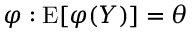
\varphi : \operatorname { E } [ \varphi ( Y ) ] = \theta